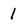
Character: 1